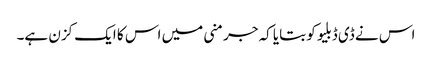
اس نے ڈی ڈبلیو کو بتایا کہ جرمنی میں اس کا ایک کزن ہے۔